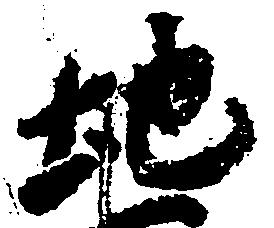
地